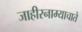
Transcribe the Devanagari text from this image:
जाहीरनाम्याचाते